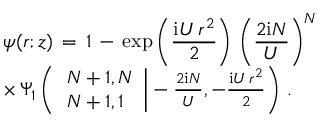
\begin{array} { l } { \displaystyle \psi ( \boldsymbol { r } ; z ) \, = \, 1 \, - \, \exp \left( \frac { \mathrm { i } U \, r ^ { 2 } } 2 \right) \, \left( \frac { 2 \mathrm { i } N } U \right) ^ { N } \, } \\ { \times \, \Psi _ { 1 } \left( \left. \begin{array} { l } { N + 1 , N } \\ { N + 1 , 1 } \end{array} \right| - \frac { 2 \mathrm { i } N } U , - \frac { \mathrm { i } U \, r ^ { 2 } } 2 \right) \, . } \end{array}